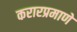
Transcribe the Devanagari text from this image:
करारप्रमाणे